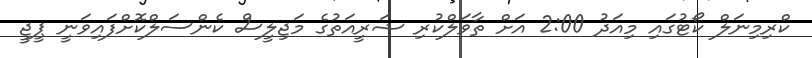
ކްރިމިނަލް ކޯޓުގައި މިއަދު 2:00 އަށް ތާވަލްކުރި ޝަރީއަތުގެ މަޖިލީސް ކެންސަލްކޮށްފައިވަނީ ޕީޖީ